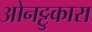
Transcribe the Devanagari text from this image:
ओनट्टुकारा